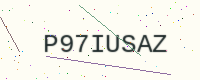
Text: P97IUSAZ